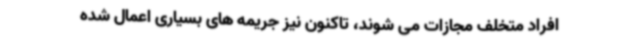
افراد متخلف مجازات می شوند، تاکنون نیز جریمه های بسیاری اعمال شده